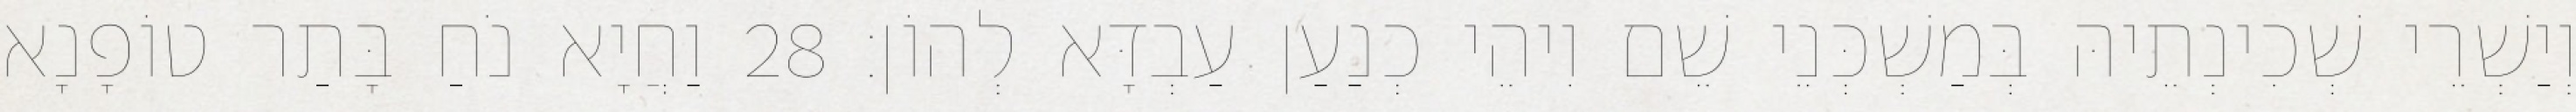
וְיַשְׁרֵי שְׁכִינְתֵיהּ בְּמַשְׁכְּנֵי שֵׁם וִיהֵי כְנַעַן עַבְדָּא לְהוֹן׃ 28 וַחֲיָא נֹחַ בָּתַר טוֹפָנָא